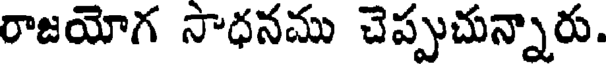
రాజయోగ సాధనము చెప్పుచున్నారు.